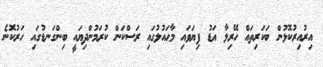
އިރުއިރުކޮޅުން ބަކަރިތައް ހޭރިލާ އަޑު ފިޔަވައި މާޙައުލުގައި ރަސްކަން ކުރަމުންދިޔައީ ބިންގަނޑުގައި ހަރުކޮނެ